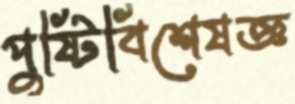
পুষ্টিবিশেষজ্ঞ